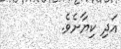
އަދި ކިޔާށެވެ.